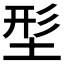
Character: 𡌑